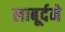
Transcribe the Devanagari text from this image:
लाबूर्दने